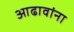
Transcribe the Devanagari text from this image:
आढावांना